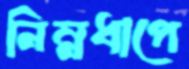
নিম্নধাপে